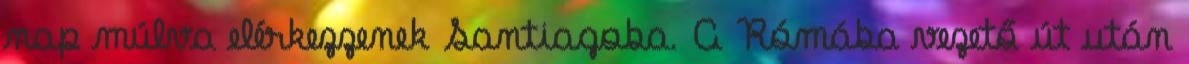
nap múlva elérkezzenek Santiagoba. A Rómába vezető út után